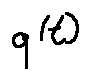
q ( t )